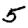
Digit: 5